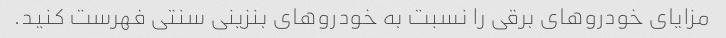
مزایای خودروهای برقی را نسبت به خودروهای بنزینی سنتی فهرست کنید.